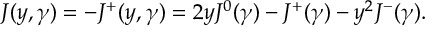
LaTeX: \begin{array} { l c r } { { J ( y , \gamma ) = - J ^ { + } ( y , \gamma ) = 2 y J ^ { 0 } ( \gamma ) - J ^ { + } ( \gamma ) - y ^ { 2 } J ^ { - } ( \gamma ) . } } \end{array}